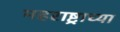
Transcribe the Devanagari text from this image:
महराष्ट्राच्या